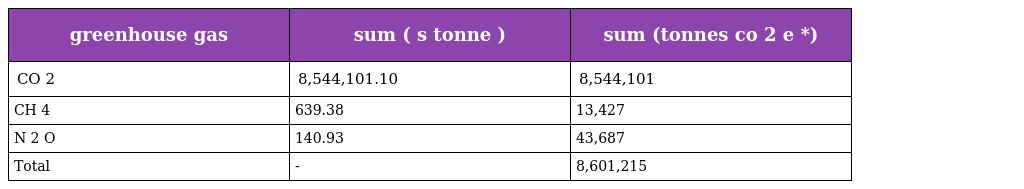
| greenhouse gas | sum ( s tonne ) | sum (tonnes co 2 e *) |
 | --- | --- | --- |
 | CO 2 | 8,544,101.10 | 8,544,101 |
 | CH 4 | 639.38 | 13,427 |
 | N 2 O | 140.93 | 43,687 |
 | Total | - | 8,601,215 |